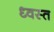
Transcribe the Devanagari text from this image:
ध्वस्‍त